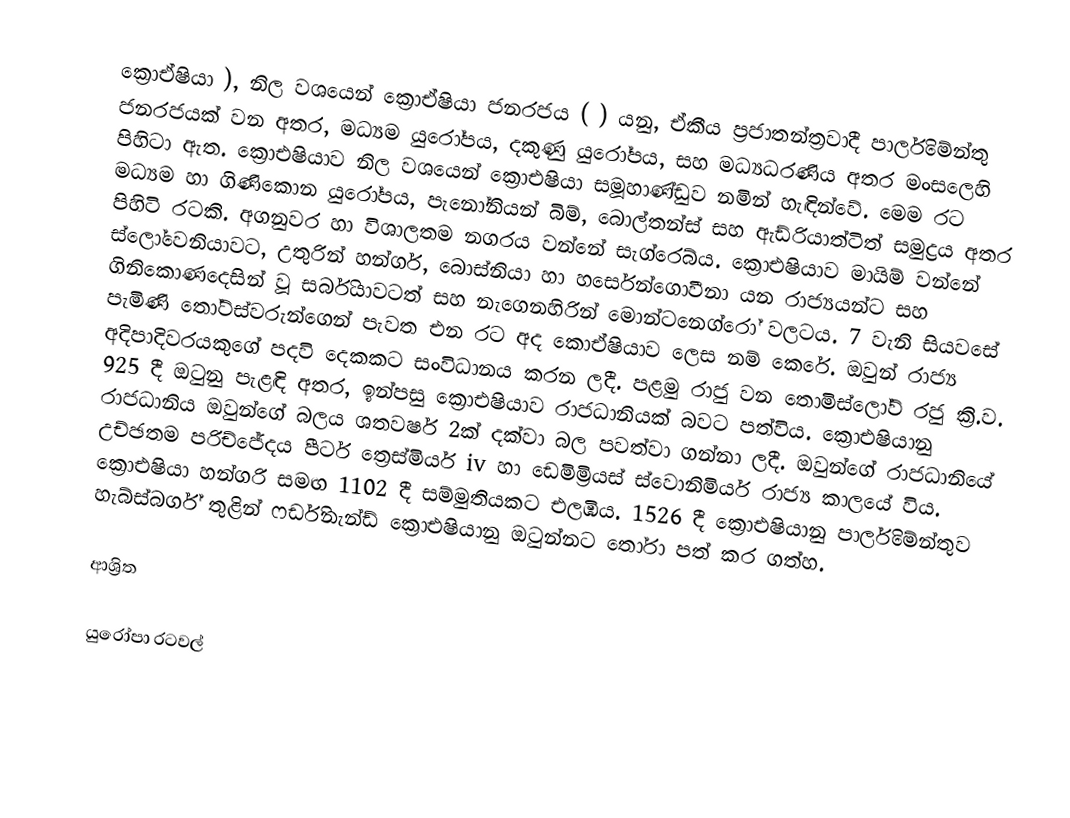
ක්‍රොඒෂියා   ), නිල වශයෙන් ක්‍රොඒෂියා ජනරජය ( ) යනු, ඒකීය ප්‍රජාතන්ත්‍රවාදී පාර්ලිමේන්තු ජනරජයක් වන අතර,  මධ්‍යම යුරෝපය, දකුණු යුරෝපය, සහ මධ්‍යධරණිය අතර මංසලෙහි පිහිටා ඇත. ක්‍රොඑෂියාව නිල වශයෙන් ක්‍රොඑෂියා සමූහාණ්ඩුව නමින් හැඳින්වේ. මෙම රට මධ්‍යම හා ගිණිකොන යුරෝපය, පැනෝනියන් බිම්, බොල්තන්ස් සහ ඇඩ්රියාත්ටිත් සමුද්‍රය අතර පිහිටි රටකි. අගනුවර හා විශාලතම නගරය වන්නේ සැග්රෙබ්ය. ක්‍රොඑෂියාව මායිම් වන්නේ ස්ලෝවෙනියාවට, උතුරින් හන්ගර්, බොස්නියා හා හර්සෙන්ගොවීනා යන රාජ්‍යයන්ට සහ ගිනිකොණදෙසින් වූ සර්බියාවටත් සහ නැගෙනහිරින් මොන්ටනෙග්රෝ වලටය. 7 වැනි සියවසේ පැමිණි තෝට්ස්වරුන්ගෙන් පැවත එන රට අද කොඒෂියාව ලෙස නම් කෙරේ. ඔවුන් රාජ්‍ය අදිපාදිවරයකුගේ පදවි දෙකකට සංවිධානය කරන ලදී. පළමු රාජු වන තොමිස්ලෝව් රජු ක්‍රි.ව. 925 දී ඔටුනු පැළඳි අතර, ඉන්පසු ක්‍රොඑෂියාව රාජධානියක් බවට පත්විය. ක්‍රොඑෂියානු රාජධානිය ඔවුන්ගේ බලය ශතවර්ෂ 2ක් දක්වා බල පවත්වා ගන්නා ලදී. ඔවුන්ගේ රාජධානියේ උච්ඡතම පරිච්ජේදය පීටර් ත්‍රෙස්මියර් iv හා ඩෙමිම්‍රියස් ස්වොනිමියර් රාජ්‍ය කාලයේ විය. ක්‍රොඑෂියා හන්ගරි සමඟ 1102 දී සම්මුතියකට එලඹීය. 1526 දී ක්‍රොඑෂියානු පාර්ලිමේන්තුව හැබ්ස්බර්ග් තුළින් ෆර්ඩිනැන්ඩ් ක්‍රොඑෂියානු ඔටුන්නට තෝරා පත් කර ගත්හ.

ආශ්‍රිත

යුරෝපා රටවල්‎